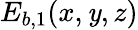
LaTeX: E_{b,1}(x,\mathit{y},z)